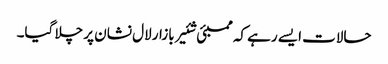
حالات ایسے رہے کہ ممبئی شئیر بازار لال نشان پر چلا گیا۔